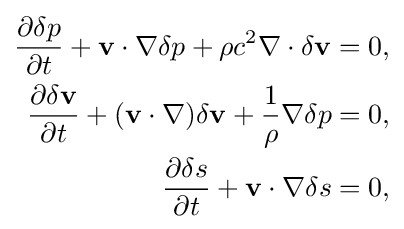
{\begin{aligned}{\frac {\partial \delta p}{\partial t}}+\mathbf {v} \cdot \nabla \delta p+\rho c^{2}\nabla \cdot \delta \mathbf {v} &=0,\\{\frac {\partial \delta \mathbf {v} }{\partial t}}+(\mathbf {v} \cdot \nabla )\delta \mathbf {v} +{\frac {1}{\rho }}\nabla \delta p&=0,\\{\frac {\partial \delta s}{\partial t}}+\mathbf {v} \cdot \nabla \delta s&=0,\end{aligned}}